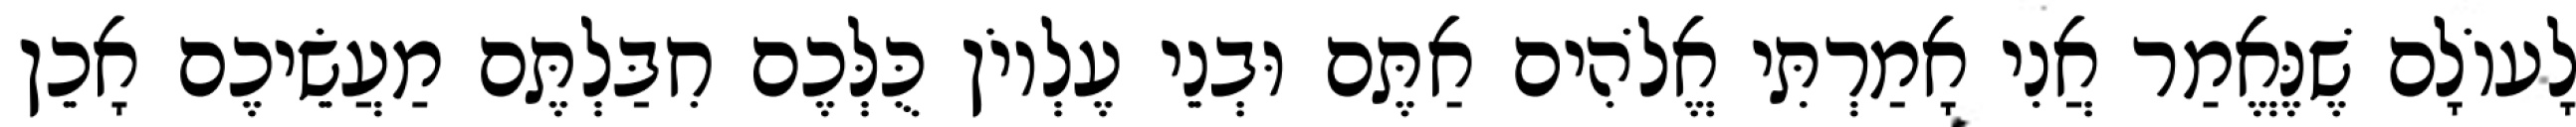
לָעוֹלָם שֶׁנֶּאֱמַר אֲנִי אָמַרְתִּי אֱלֹהִים אַתֶּם וּבְנֵי עֶלְיוֹן כֻּלְּכֶם חִבַּלְתֶּם מַעֲשֵׂיכֶם אָכֵן